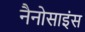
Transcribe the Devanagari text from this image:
नैनोसाइंस